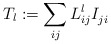
\begin{align*} T_l:= \sum_{ij} L_{ij}^l I_{ji}^{}\end{align*}